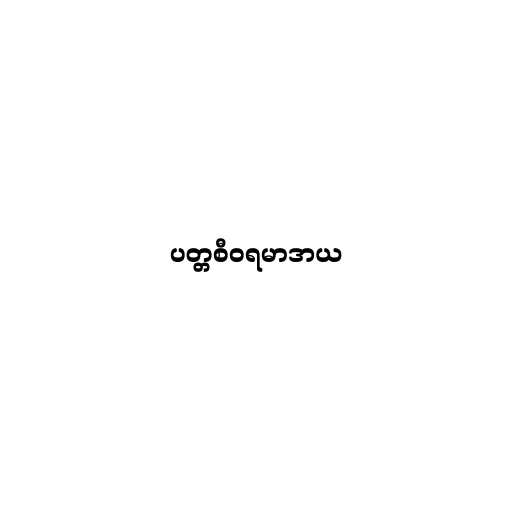
ပတ္တစီဝရမာဒာယ